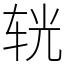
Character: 𨐈